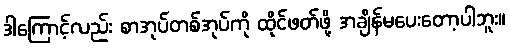
ဒါကြောင့်လည်း စာအုပ်တစ်အုပ်ကို ထိုင်ဖတ်ဖို့ အချိန်မပေးတော့ပါဘူး။